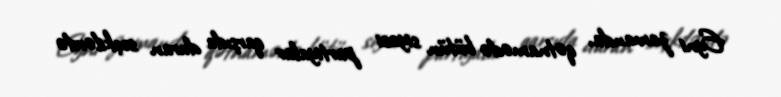
Eyni zamanda, qətnamədə bütün siyasi partiyalar qarşıda duran seçkilərdə